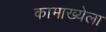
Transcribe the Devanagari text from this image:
कामाख्येला